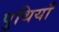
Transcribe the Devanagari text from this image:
पुथियाँ